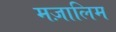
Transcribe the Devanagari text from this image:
मज़ालिम